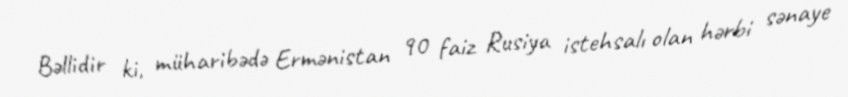
Bəllidir ki, müharibədə Ermənistan 90 faiz Rusiya istehsalı olan hərbi sənaye